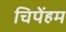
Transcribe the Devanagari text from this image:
चिपेंहम